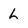
Character: L